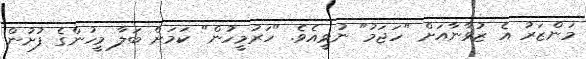
މަންޒަރު އެ ޒުވާނާއަށް "ހަޖަމު" ނުވީއެވެ. "ހަރުމީހުން" ކަމަށް ބަލާ މީހުންގެ ފުށުން